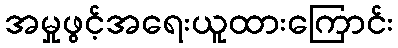
အမှုဖွင့်အရေးယူထားကြောင်း